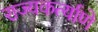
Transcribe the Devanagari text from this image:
राज्यकर्त्याणे